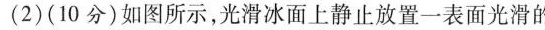
(2)(10分)如图所示，光滑冰面上静止放置一表面光滑的